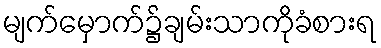
မျက်မှောက်၌ချမ်းသာကိုခံစားရ